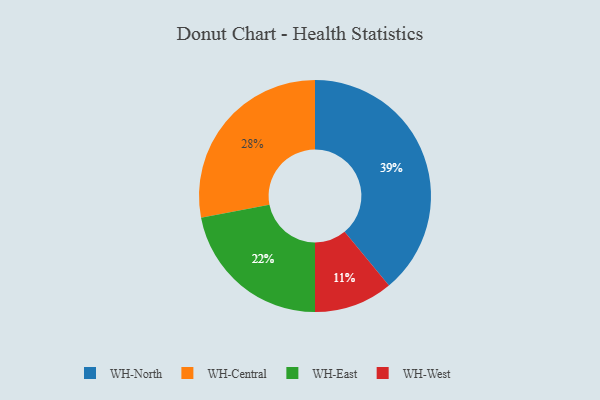
{"axis": {"x": "Category", "y": "Percentage"}, "legend": ["WH-Central", "WH-East", "WH-North", "WH-West"], "data": [{"x": "WH-Central", "y": 28, "type": "WH-Central"}, {"x": "WH-West", "y": 11, "type": "WH-West"}, {"x": "WH-East", "y": 22, "type": "WH-East"}, {"x": "WH-North", "y": 39, "type": "WH-North"}]}